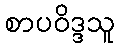
စာပဝိဒ္ဒသူ